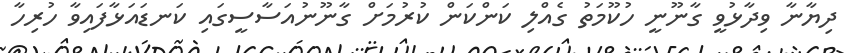
ދިޔާނާ ވިދާޅުވީ ގާނޫނީ ހުކޫމަތު ގެއްލި ކަންކަން ކުރުމަށް ގާނޫނުއަސާސީގައި ކަނޑައަޅާފައިވާ ހުރިހާ